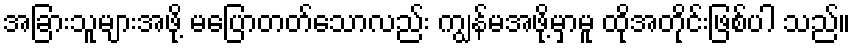
အခြားသူများအဖို့ မပြောတတ်သောလည်း ကျွန်မအဖို့မှာမူ ထိုအတိုင်းဖြစ်ပါ သည်။